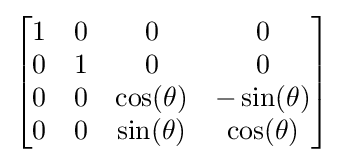
{\begin{bmatrix}1&0&0&0\\0&1&0&0\\0&0&\cos(\theta )&-\sin(\theta )\\0&0&\sin(\theta )&\cos(\theta )\end{bmatrix}}